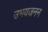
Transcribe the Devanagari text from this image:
उभयजनन